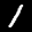
Label: 1